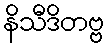
နိသီဒိတဗ္ဗ